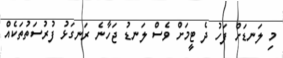
މި ލަނޑަށް ފަހު ދެ ޓީމަށް ވެސް ލަނޑު ޖަހާނެ ރަނގަޅު ފުރުސަތުތަކެއް